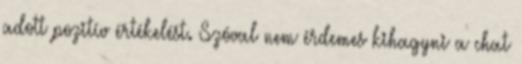
adott pozitív értékelést. Szóval nem érdemes kihagyni a chat